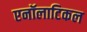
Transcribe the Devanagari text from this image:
एनॉलाटिकल